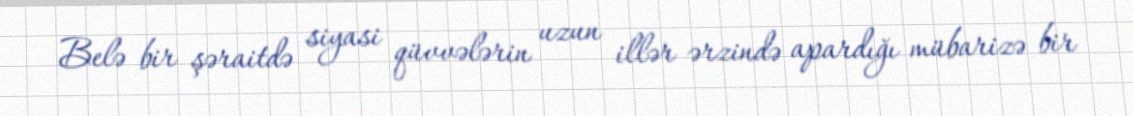
Belə bir şəraitdə siyasi qüvvələrin uzun illər ərzində apardığı mübarizə bir